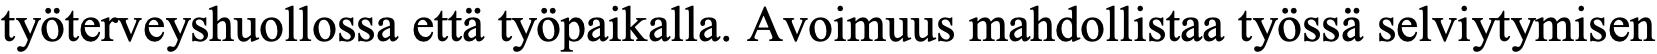
työterveyshuollossa että työpaikalla. Avoimuus mahdollistaa työssä selviytymisen